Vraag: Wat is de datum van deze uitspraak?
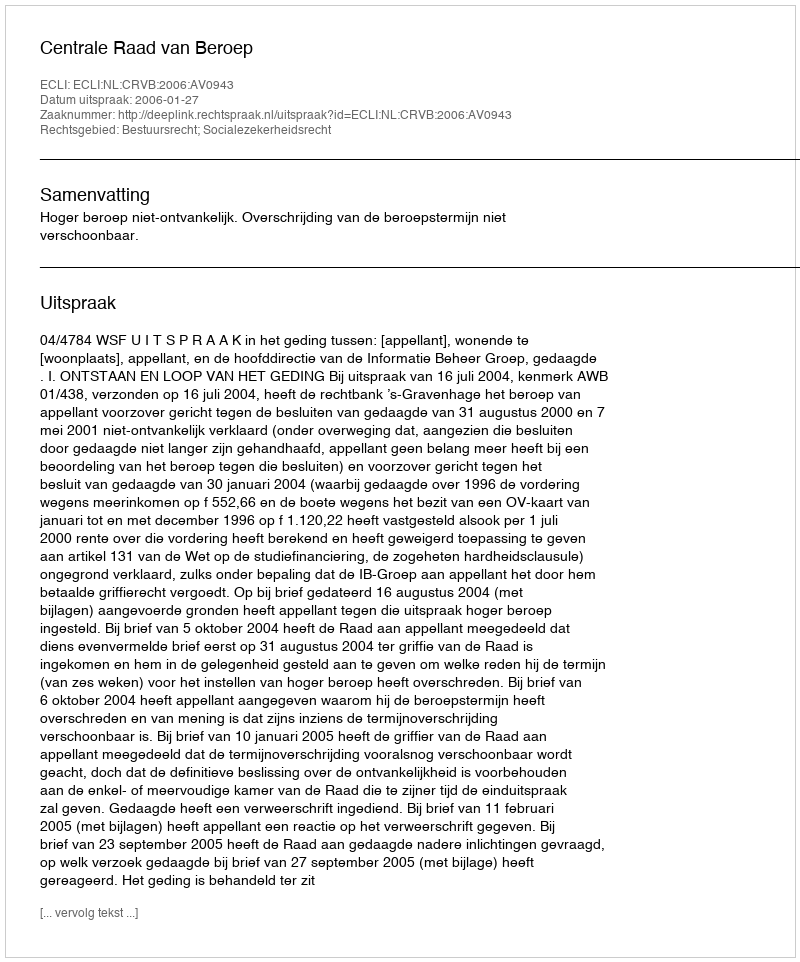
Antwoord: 2006-01-27